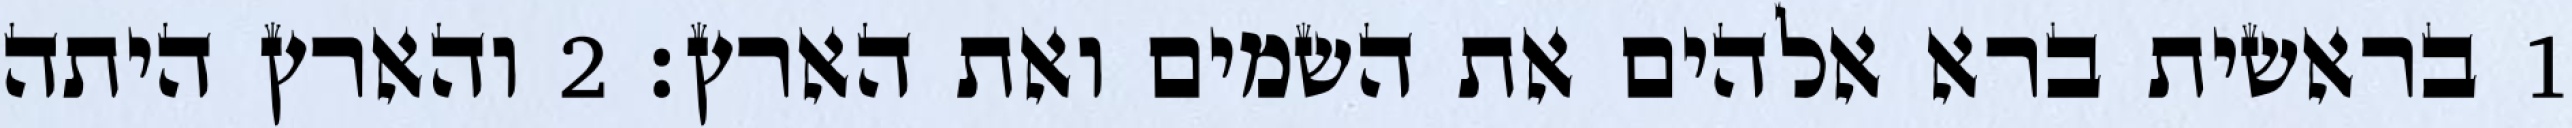
1 בראשית ברא אלהים את השמים ואת הארץ׃ ‎2‏ והארץ היתה